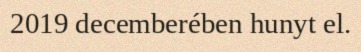
2019 decemberében hunyt el.